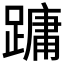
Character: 𮜑